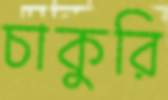
চাকুরি